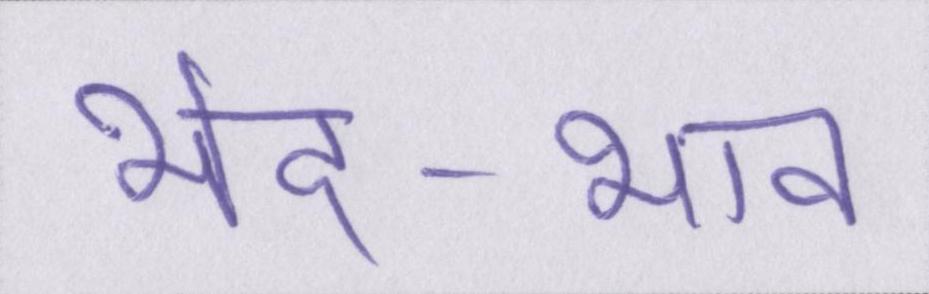
भेद-भाव